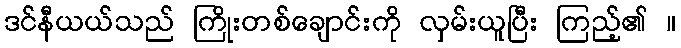
ဒင်နီယယ်သည် ကြိုးတစ်ချောင်းကို လှမ်းယူပြီး ကြည့်၏ ။